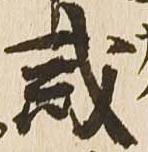
戒